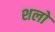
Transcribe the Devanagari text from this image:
शलो